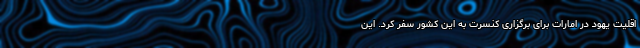
اقلیت یهود در امارات برای برگزاری کنسرت به این کشور سفر کرد. این